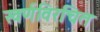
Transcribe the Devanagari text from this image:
स्वर्णविरचित